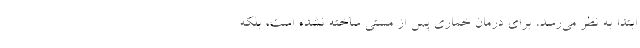
ابتدا به نظر می‌رسد، برای درمان خماری پس از مستی ساخته نشده است، بلکه